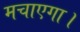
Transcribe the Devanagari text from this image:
मचाएगा।